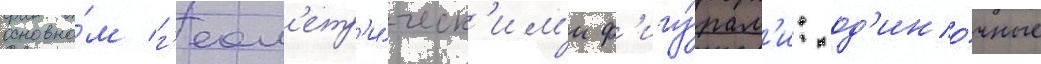
основно́м г'еом'етр'и́ческ'им'и ф'игу́рам'и: од'ино́чные